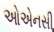
ઓએનસી